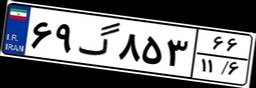
۴۲گ۴۵۸۰۱